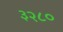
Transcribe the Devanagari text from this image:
३२८०